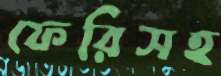
ফেরিসহ